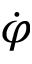
\dot { \varphi }